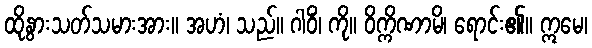
ထိုနွားသတ်သမားအား။ အဟံ၊ သည်။ ဂါဝိံ၊ ကို။ ဝိက္ကိဏာမိ၊ ရောင်း၏။ ဣမေ၊